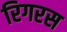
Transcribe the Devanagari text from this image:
रिगरस